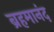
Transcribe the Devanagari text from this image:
ब्रहमानंद